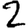
Digit: 2